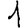
Digit: 1